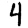
Digit: 4